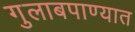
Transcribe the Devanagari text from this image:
गुलाबपाण्यात